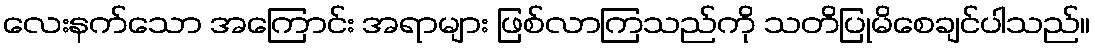
လေးနက်သော အကြောင်း အရာများ ဖြစ်လာကြသည်ကို သတိပြုမိစေချင်ပါသည်။